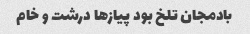
بادمجان تلخ بود پیاز‌ها درشت و خام